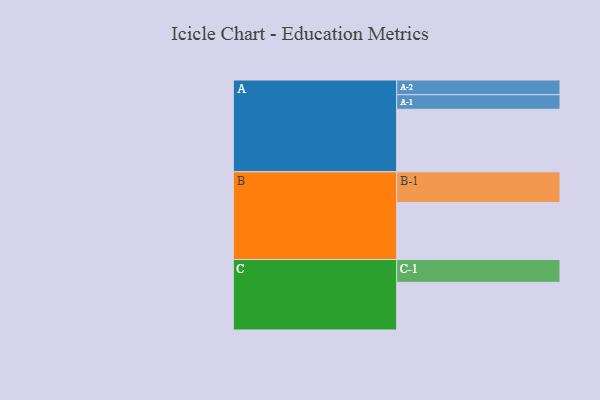
{"axis": {"x": "Segment", "y": "Value"}, "legend": ["", "A", "B", "C"], "data": [{"x": "A", "y": 472, "type": ""}, {"x": "B", "y": 430, "type": ""}, {"x": "C", "y": 360, "type": ""}, {"x": "A-1", "y": 110, "type": "A"}, {"x": "A-2", "y": 111, "type": "A"}, {"x": "B-1", "y": 232, "type": "B"}, {"x": "C-1", "y": 172, "type": "C"}]}